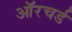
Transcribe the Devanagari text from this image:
ऑरचर्ड